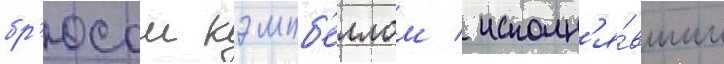
бр'юсом кэмпб'еллом / исполн'я́вшим